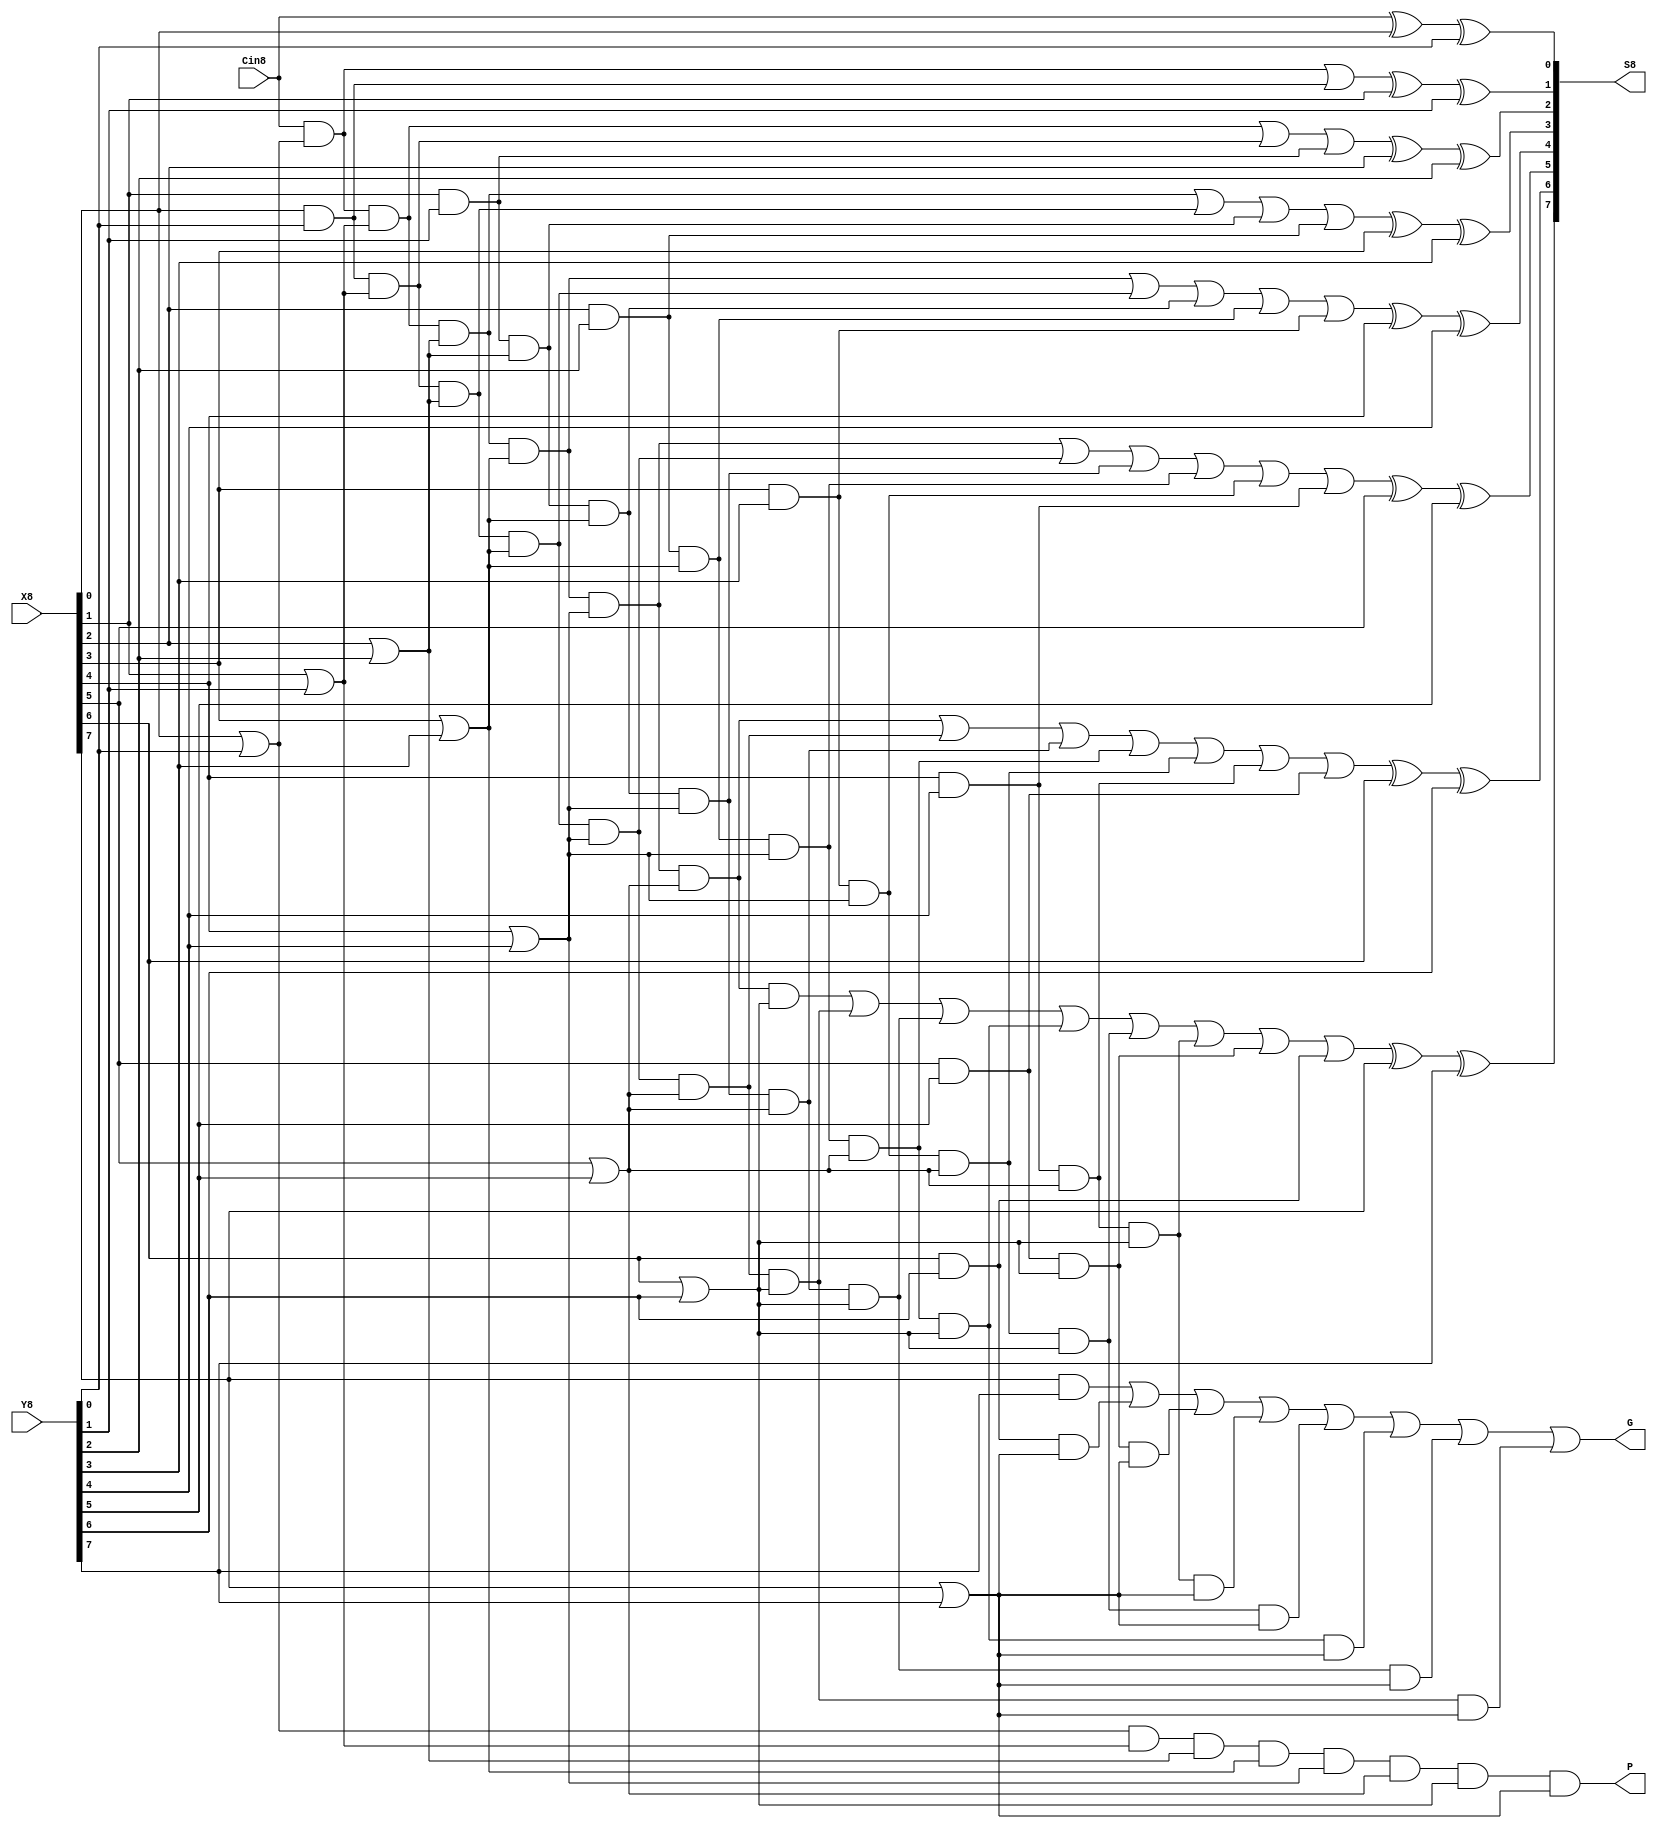
module CLA_8(S8, X8, Y8, Cin8, G, P);
	input [7:0] X8, Y8;
	input Cin8;
	output [7:0] S8;
	output P, G;
	wire gw0, gw1, gw2, gw3, gw4, gw5, gw6, G, P;
	wire [7:0] g, p;

	wire c1w;
	wire c1;

	wire [1:0] c2w;
	wire c2;

	wire [2:0] c3w;
	wire c3;

	wire [3:0] c4w;
	wire c4;

	wire [4:0] c5w;
	wire c5;

	wire [5:0] c6w;
	wire c6;

	wire [6:0] c7w;
	wire c7;


	// Calulate little g's
	and a(g[0], X8[0], Y8[0]);
	and b(g[1], X8[1], Y8[1]);
	and c(g[2], X8[2], Y8[2]);
	and d(g[3], X8[3], Y8[3]);
	and e(g[4], X8[4], Y8[4]);
	and f(g[5], X8[5], Y8[5]);
	and gggg(g[6], X8[6], Y8[6]);
	and h(g[7], X8[7], Y8[7]);

	// Calulate little p's
	or i(p[0], X8[0], Y8[0]);
	or j(p[1], X8[1], Y8[1]);
	or k(p[2], X8[2], Y8[2]);
	or l(p[3], X8[3], Y8[3]);
	or m(p[4], X8[4], Y8[4]);
	or n(p[5], X8[5], Y8[5]);
	or o(p[6], X8[6], Y8[6]);
	or pppp(p[7], X8[7], Y8[7]);

	// Calulate c1
	and q(c1w, Cin8, p[0]);
	or r(c1, c1w, g[0]);

	// Calulate c2
	and s(c2w[0], Cin8, p[0], p[1]);
	and t(c2w[1], g[0], p[1]);
	or u(c2, c2w[0], c2w[1], g[1]);

	// Calulate c3
	and v(c3w[0], Cin8, p[0], p[1], p[2]);
	and w(c3w[1], g[0], p[1], p[2]);
	and x(c3w[2], g[1], p[2]);
	or y(c3, c3w[0], c3w[1], c3w[2], g[2]);

	// Calulate c4
	and z(c4w[0], Cin8, p[0], p[1], p[2], p[3]);
	and aa(c4w[1], g[0], p[1], p[2], p[3]);
	and bb(c4w[2], g[1], p[2], p[3]);
	and cc(c4w[3], g[2], p[3]);
	or dd(c4, c4w[0], c4w[1], c4w[2], c4w[3], g[3]);

	// Calulate c5
	and ee(c5w[0], Cin8, p[0], p[1], p[2], p[3], p[4]);
	and ff(c5w[1], g[0], p[1], p[2], p[3], p[4]);
	and gg(c5w[2], g[1], p[2], p[3], p[4]);
	and hh(c5w[3], g[2], p[3], p[4]);
	and ii(c5w[4], g[3], p[4]);
	or jj(c5, c5w[0], c5w[1], c5w[2], c5w[3], c5w[4], g[4]);

	// Calulate c6
	and kk(c6w[0], Cin8, p[0], p[1], p[2], p[3], p[4], p[5]);
	and ll(c6w[1], g[0], p[1], p[2], p[3], p[4], p[5]);
	and mm(c6w[2], g[1], p[2], p[3], p[4], p[5]);
	and nn(c6w[3], g[2], p[3], p[4], p[5]);
	and oo(c6w[4], g[3], p[4], p[5]);
	and pp(c6w[5], g[4], p[5]);
	or qq(c6, c6w[0], c6w[1], c6w[2], c6w[3], c6w[4], c6w[5], g[5]);

	// Calulate c7
	and rr(c7w[0], Cin8, p[0], p[1], p[2], p[3], p[4], p[5], p[6]);
	and ss(c7w[1], g[0], p[1], p[2], p[3], p[4], p[5], p[6]);
	and tt(c7w[2], g[1], p[2], p[3], p[4], p[5], p[6]);
	and uu(c7w[3], g[2], p[3], p[4], p[5], p[6]);
	and vv(c7w[4], g[3], p[4], p[5], p[6]);
	and ww(c7w[5], g[4], p[5], p[6]);
	and xx(c7w[6], g[5], p[6]);
	or yy(c7, c7w[0], c7w[1], c7w[2], c7w[3], c7w[4], c7w[5], c7w[6], g[6]);

	// Calculate P
	and zz(P, p[0], p[1], p[2], p[3], p[4], p[5], p[6], p[7]);

	// Calculate G	
	and aaa(gw0, g[0], p[1], p[2], p[3], p[4], p[5], p[6], p[7]);
	and bbb(gw1, g[1], p[2], p[3], p[4], p[5], p[6], p[7]);
	and ccc(gw2, g[2], p[3], p[4], p[5], p[6], p[7]);
	and ddd(gw3, g[3], p[4], p[5], p[6], p[7]);
	and eee(gw4, g[4], p[5], p[6], p[7]);
	and fff(gw5, g[5], p[6], p[7]);
	and ggg(gw6, g[6], p[7]);
	or hhh(G, g[7], gw6, gw5, gw4, gw3, gw2, gw1, gw0);

	// Calculate S8ums8
	xor iii(S8[0], Cin8, X8[0], Y8[0]);
	xor jjj(S8[1], c1, X8[1], Y8[1]);
	xor lll(S8[2], c2, X8[2], Y8[2]);
	xor mmm(S8[3], c3, X8[3], Y8[3]);
	xor nnn(S8[4], c4, X8[4], Y8[4]);
	xor ooo(S8[5], c5, X8[5], Y8[5]);
	xor ppp(S8[6], c6, X8[6], Y8[6]);
	xor qqq(S8[7], c7, X8[7], Y8[7]);

	// // Calculate Cout8
	// and rrr(w1C8, P, Cin8);
	// or sss(Cout8, w1C8, G);


endmodule